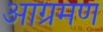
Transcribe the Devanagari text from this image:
आग्रमण